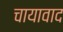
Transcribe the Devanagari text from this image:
चायावाद